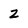
Character: z